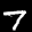
Label: 7